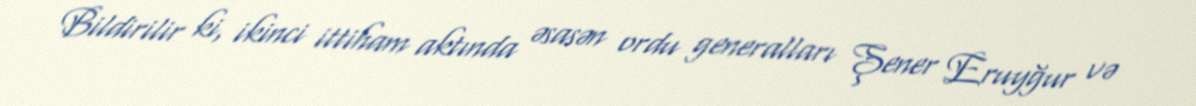
Bildirilir ki, ikinci ittiham aktında əsasən ordu generalları Şener Eruyğur və